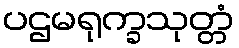
ပဌမရုက္ခသုတ္တံ